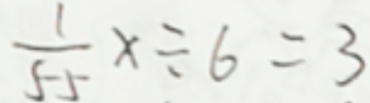
\frac { 1 } { 5 5 } x \div 6 = 3